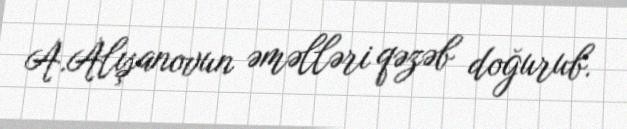
A.Alışanovun əməlləri qəzəb doğurub.